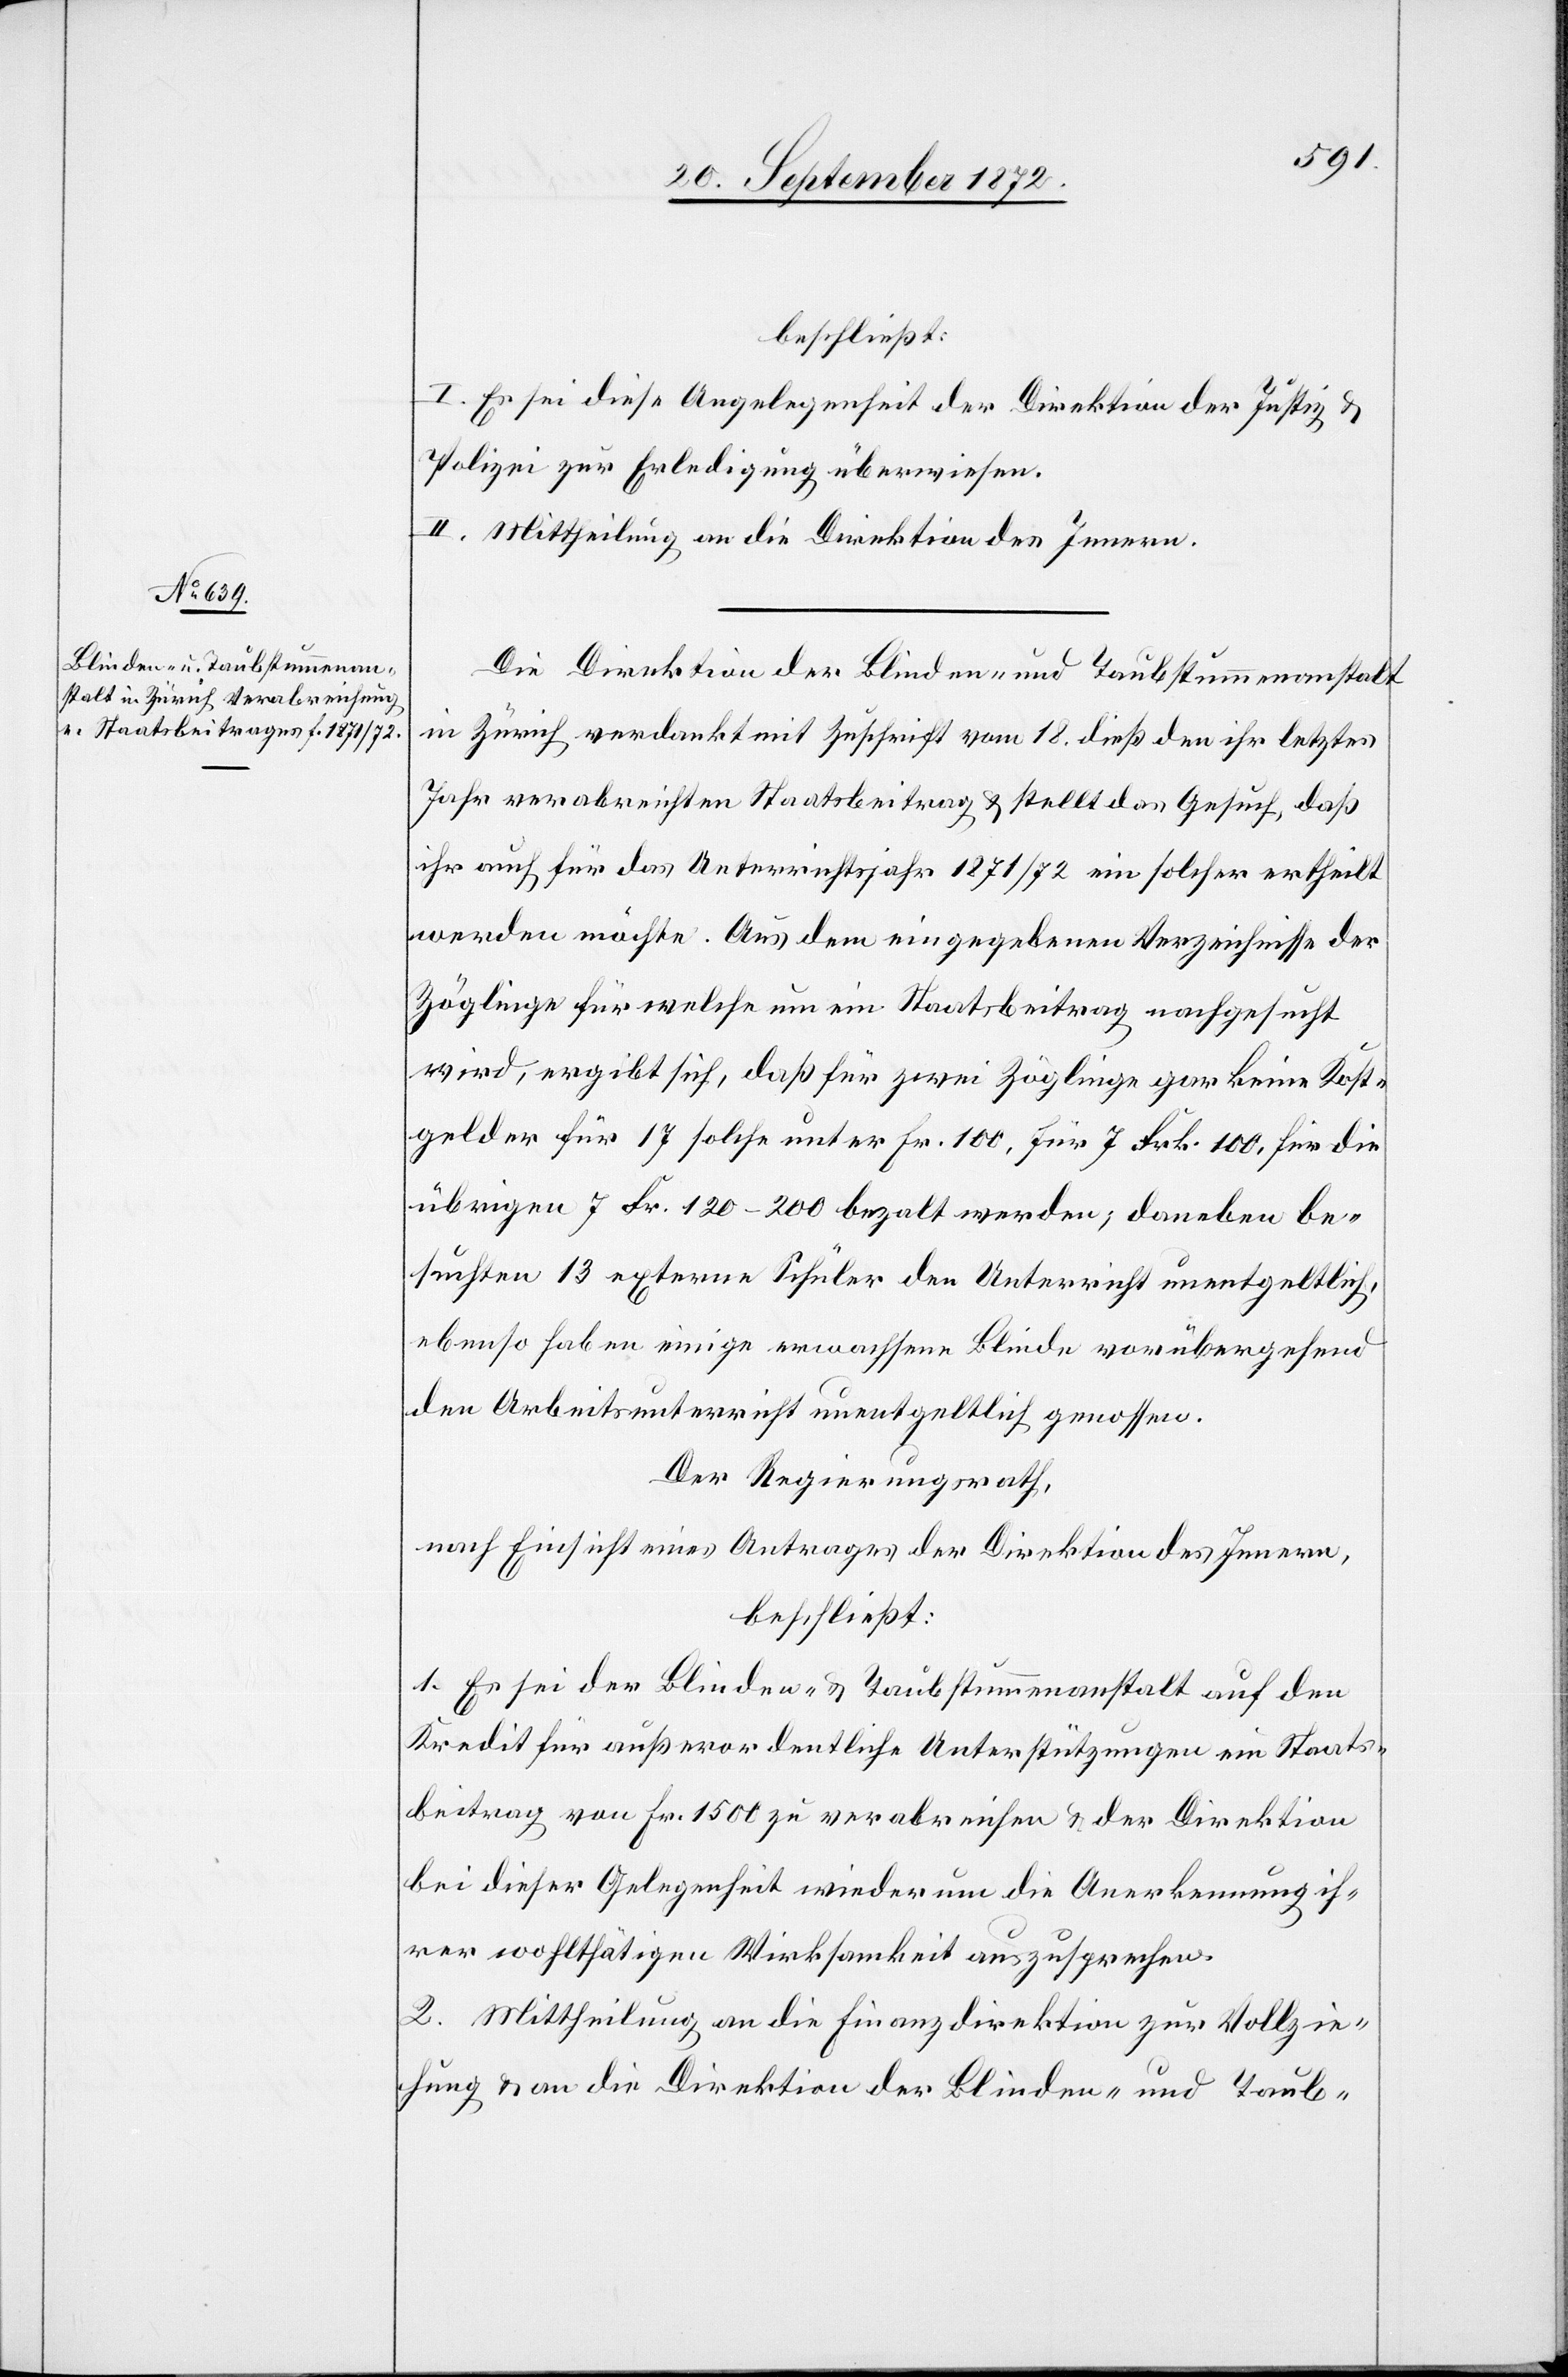
beschließt:
I. Es sei diese Angelegenheit der Direktion der Justiz u.
Polizei zur Erledigung überwiesen.
II. Mittheilung an die Direktion des Innern.
Die Direktion der Blinden- und Taubstummenanstalt
in Zürich verdankt mit Zuschrift vom 18. dieß den ihr letztes
Jahr verabreichten Staatsbeitrag u. stellt das Gesuch das
ihr auch für das Unterrichtsjahr 1871/72 ein solcher ertheilt
werden möchte. Aus dem eingegebenen Verzeichnisse der
Zöglinge für welche um ein Staatsbeitrag nachgesucht
wird, ergibt sich, daß für zwei Zöglinge gar keine Kost¬
gelder für 17 solche unter Fr. 100, für 7 Frk. 100, für die
übrigen 7 Fr. 120–200 bezalt werden; daneben be¬
suchten 13 externe Schüler den Unterricht unentgeltlich,
ebenso haben einige erwachsene Blinde vorübergehend
den Arbeitsunterricht unentgeltlich genossen.
Der Regierungsrath,
nach Einsicht eines Antrages der Direktion des Innern,
beschließt:
1. Es sei der Blinden- u. Taubstummenanstalt auf den
Kredit für außerordentliche Unterstützungen ein Staats¬
beitrag von Fr. 1500 zu verabreichen u. der Direktion
bei dieser Gelegenheit wiederum die Anerkennung ih¬
rer wohlthätigen Wirksamkeit auszusprechen.
2. Mittheilung an die Finanzdirektion zur Vollzie¬
hung u. an die Direktion der Blinden- und Taub-